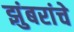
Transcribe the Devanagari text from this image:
झुंबरांचे